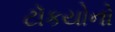
ટૉકયોનો